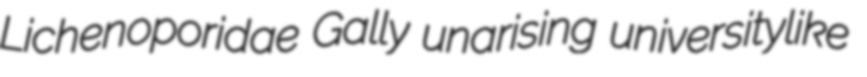
Lichenoporidae Gally unarising universitylike